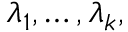
\lambda _ { 1 } , \dots , \lambda _ { k } ,